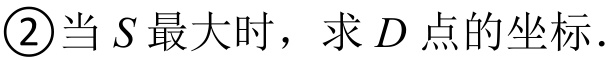
\textcircled{2}当 \(S\) 最大时，求 \(D\) 点的坐标.